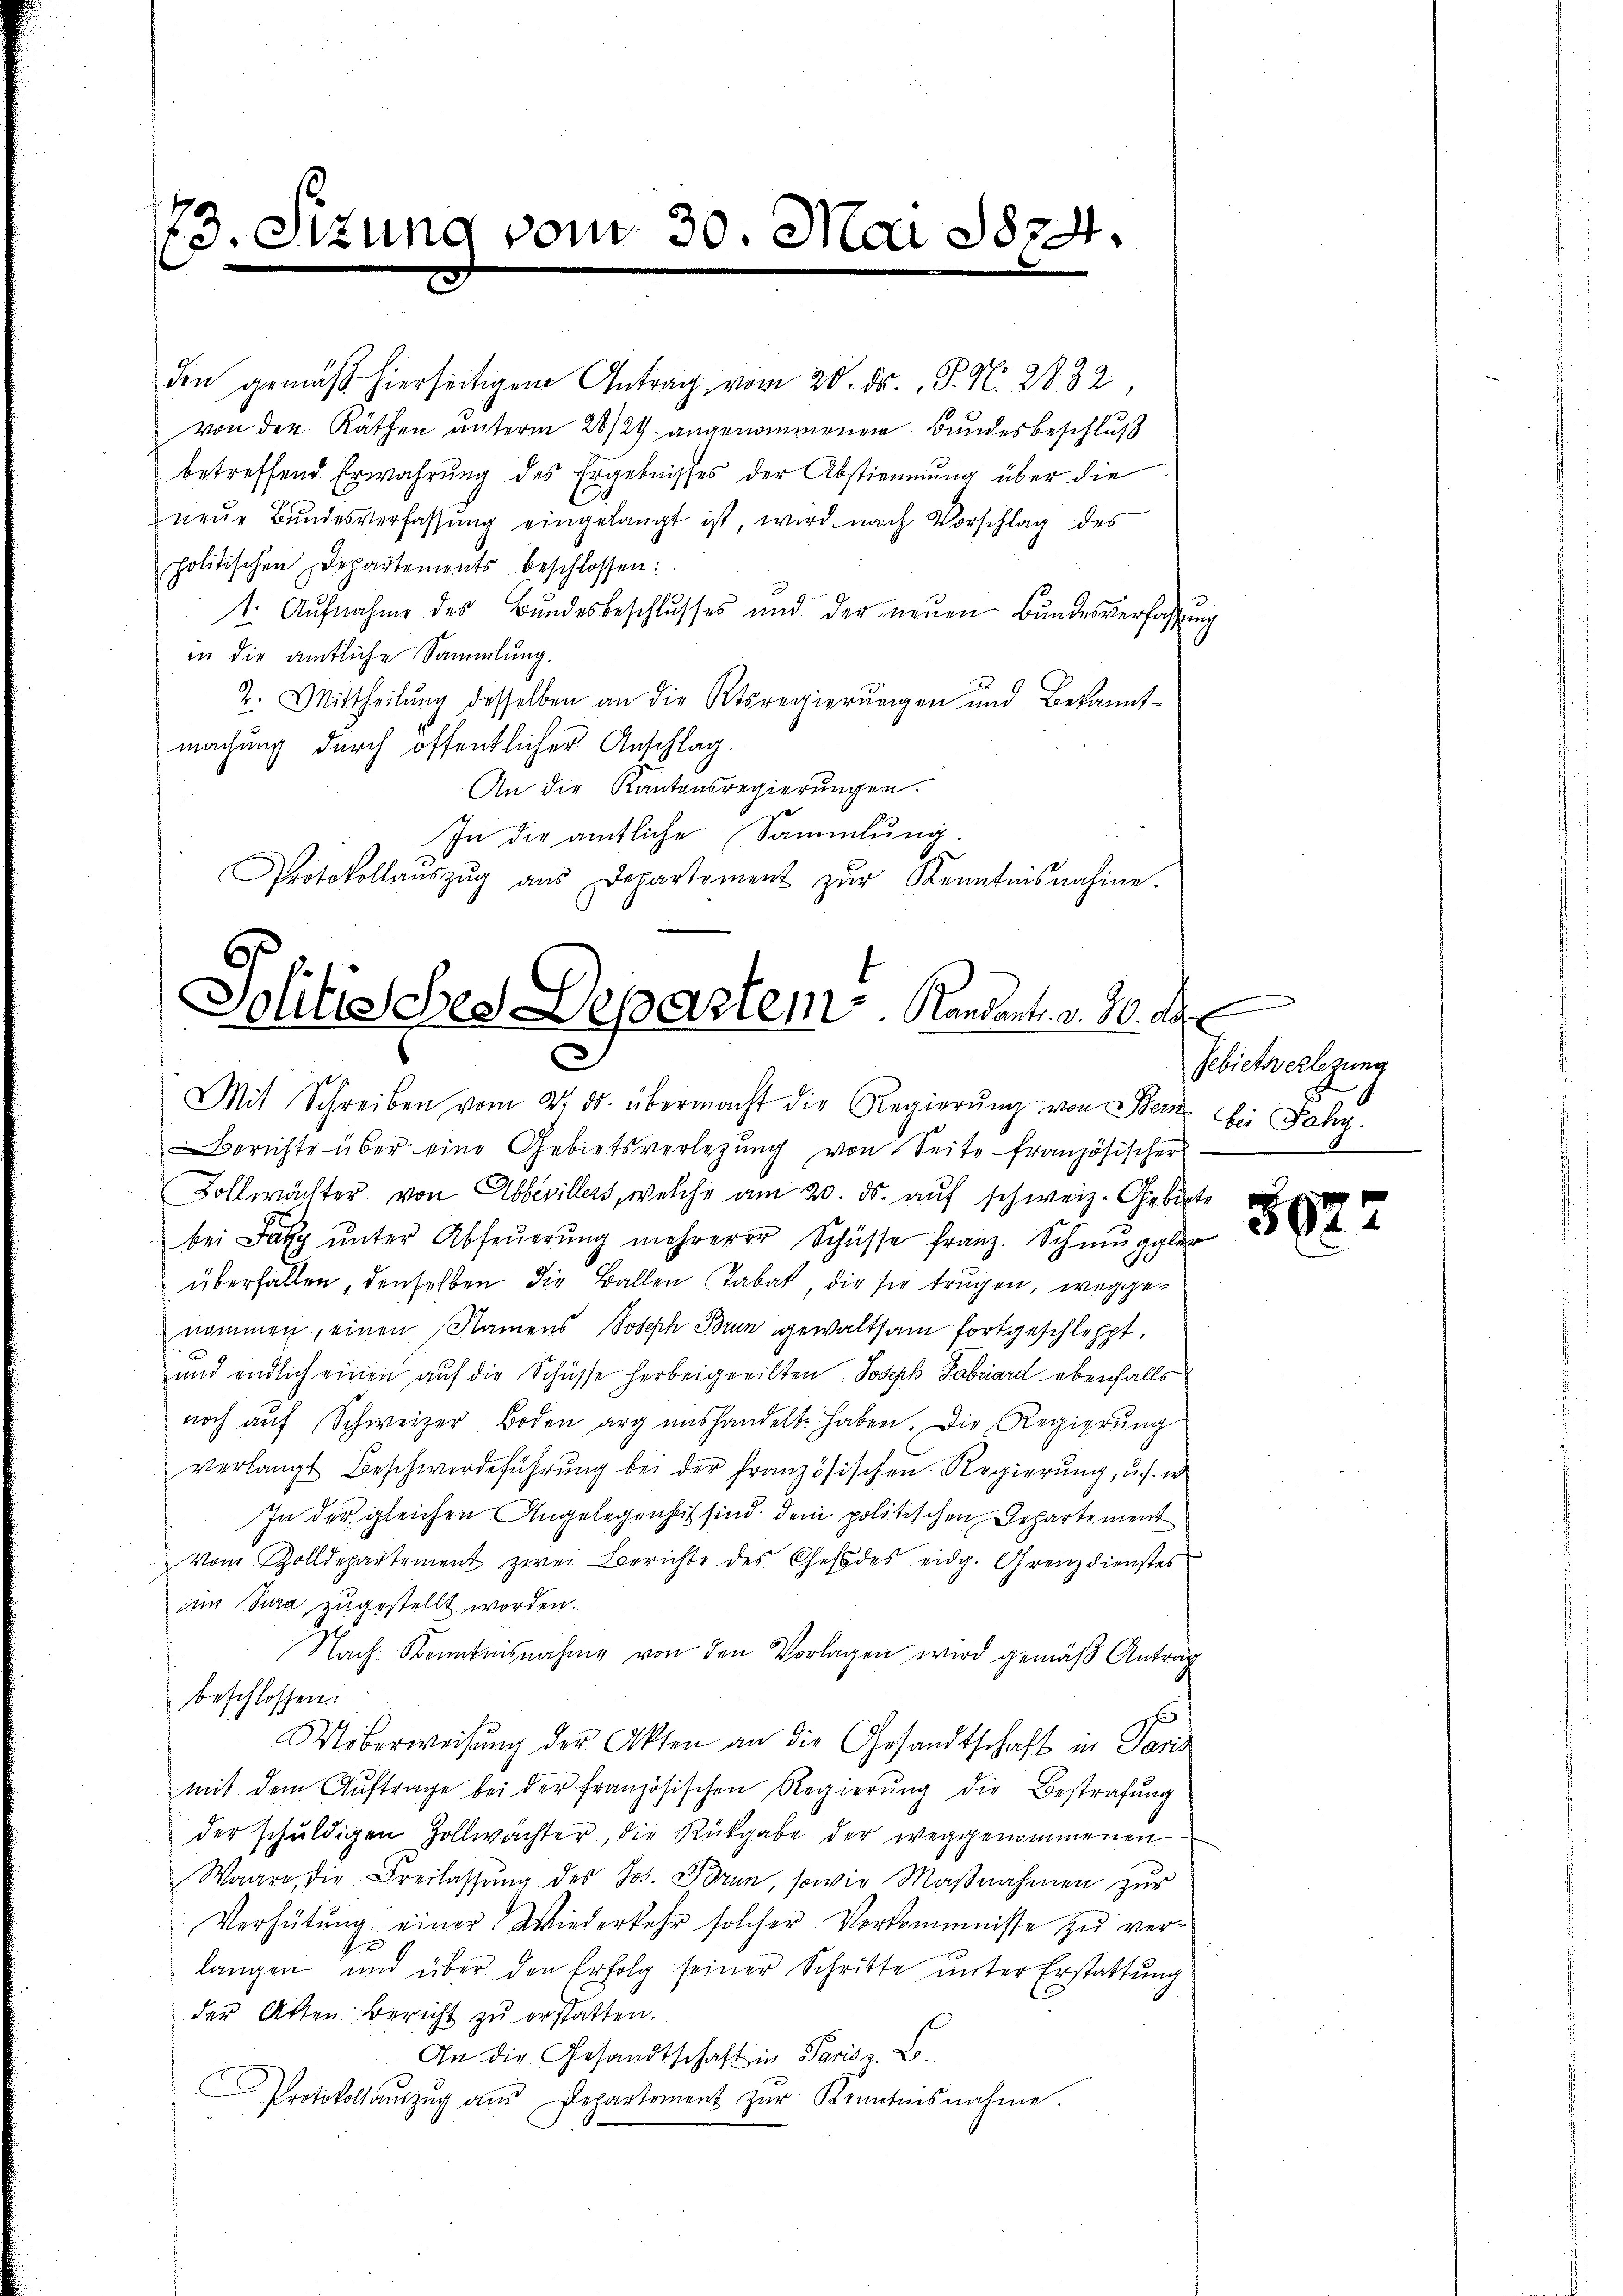
3. Setung vom 30. Mai 1874.

den gemäß hierseitigem Antrag vom 20. ds., P. N. 2832
von den Räthen unterm 28/29. angenommenen Bundesbeschluß
betreffend Erwahrung des Ergebnisses der Abstimmung über die
neŭe Bundesverfassŭng eingelangt ist, wird nach Vorschlag des
politischen Departements beschlossen:
1. Aufnahme des Bundesbeschlusses und der neuen Bundesverfassung
in die amtliche Sammlung.
2. Mittheilŭng desselben an die Ktsregierŭngen und Bekannt-
machung durch öffentlicher Anschlag.
An die Kantonsregierŭngen.
In die ämtliche Sammlung.
Protokollaŭszŭg aŭs Departement zŭr Kenntnisnahme.

Solitisches Departem Kandants. v. 30. Al

Mit Schreiben vom 27. ds. übermacht die Regierŭng von Stern
Berichte über eine Gebietsverlegung von Seite französischer.
Bollwächter von Abbevillers, welche am 20. ds. auf schweiz. Gebiete
bei Faky ŭnter Abfeŭerŭng mehrerer Schüsse franz. Schmuggler
überfallen, denselben die Ballen Tabak, die sie trugen, weggenommen, einen Namens Joseph Brun gewaltsam fortgeschleppt,
und endlich einen aŭf die Schüsse herbeigeeilten Joseph. Fabriard ebenfalls
noch auf Schweizer Boden arg anshandelt haben. Die Regierung
verlangt Beschwerdeführung bei der französischen Regierung, u. s. w.
In der gleichen Angelegenheit sind dem politischen Departement
Vom Zolldepartement zwei Berichte des Chef des eidg. Grenz dienstes
am Jura zugestellt worden.
Nach Kenntnisnahme von den Vorlagen wird gemäß Antrag
beschlossen:
Uiberweisŭng der Akten an die Gesandtschaft in Paris
mit dem Aŭftrage bei der französischen Regierŭng die Bestrafŭng
der schuldigen Zollwachter, die Rückgabe der weggenommenen
Waare, die Freilassŭng des Jos. Brun, sowie Maβnahmen zŭr
Verhütung einer Wiederkehr solcher Vorkommnisse zu ver¬
A
langen und über den Erfolg seiner Schritte unter Erstattung
der Arten: Bericht zu erstatten.
An die Gesandtschaft in Paris z. B.
Protokoll aŭszŭg an Departement zŭr Kenntnisnahme.

Gebietsverlegung
bei Jahr.

3622